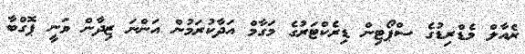
ރެއާލް މެޑްރިޑުގެ ސްޕޯޓިން ޑިރެކްޓަރުގެ މަގާމް އަދާކުރަމުން އަންނަ ޒިދާން ވަނީ ޕޮގްބާ